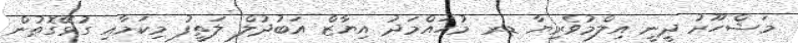
މަޝްހޫރު ދީނީ އިލްމުވެރިޔާ ޑރ މުހައްމަދު އިޔާޒް އަބުދުލް ލަތީފު މިކަމާއި ގުޅޭގޮތުން